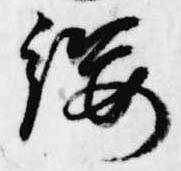
纓